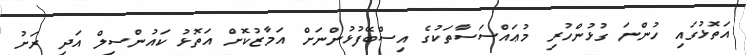
އަތޮޅުގައި ހުންނަ ގުޅުންހުރި މުޢައްސަސާތަކުގެ އިސްބޭފުޅުންނަށް އަމާޒުކޮށް އަތޮޅު ކައުންސިލް އަދި ރަށު